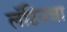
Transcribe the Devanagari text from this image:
लॅटिनचा